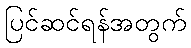
ပြင်ဆင်ရန်အတွက်